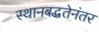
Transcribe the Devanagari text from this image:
स्थानबद्धतेनंतर